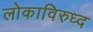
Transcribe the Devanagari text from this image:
लोकाविरुध्द